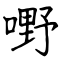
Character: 嘢